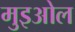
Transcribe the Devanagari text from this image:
मुइओल